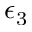
\epsilon _ { 3 }